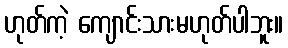
ဟုတ်ကဲ့ ကျောင်းသားမဟုတ်ပါဘူး။